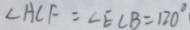
\angle A C F = \angle E C B = 1 2 0 ^ { \circ }